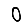
Digit: 0